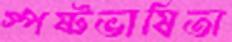
স্পষ্টভাষিতা